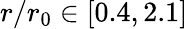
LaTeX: r/r_{0}\in\left[0.4,2.1\right]